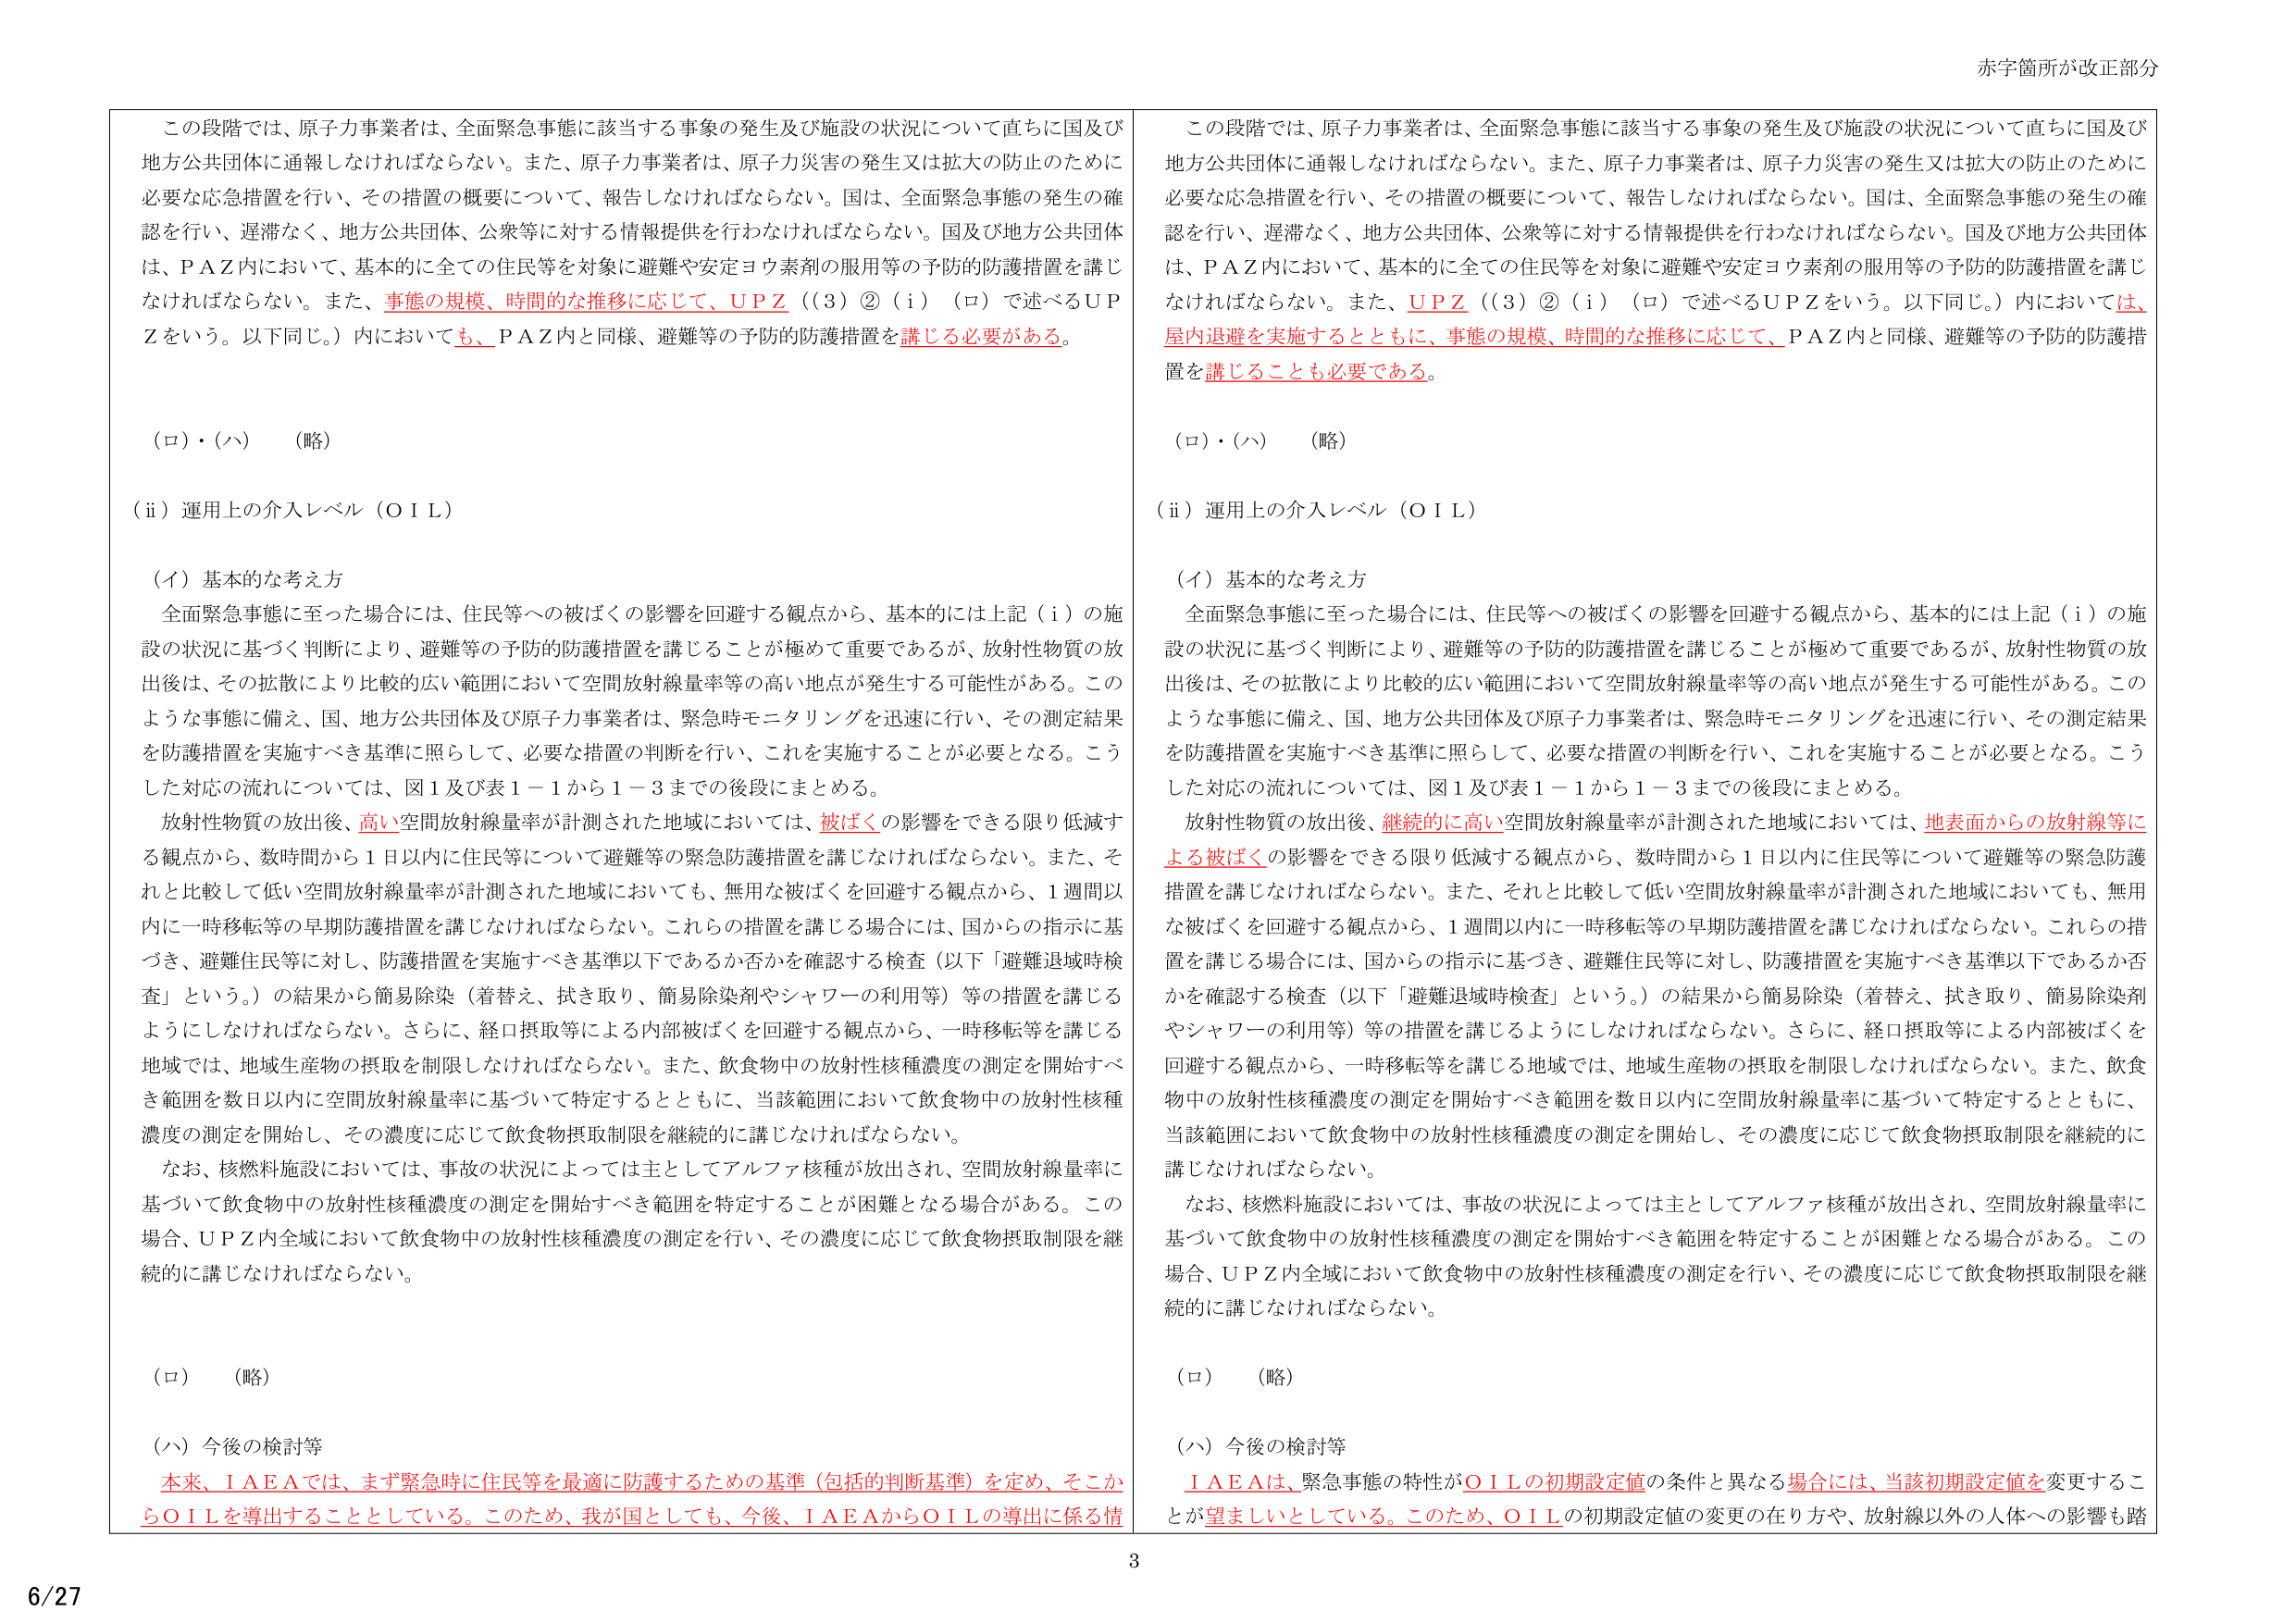
この段階では、原子力事業者は、全面緊急事態に該当する事象の発生及び施設の状況について直ちに国及び地方公共団体に通報しなければならない。また、原子力事業者は、原子力災害の発生又は拡大の防止のために必要な応急措置を行い、その措置の概要について、報告しなければならない。国は、全面緊急事態の発生の確認を行い、遅滞なく、地方公共団体、公衆等に対する情報提供を行わなければならない。国及び地方公共団体は、ＰＡＺ内において、基本的に全ての住民等を対象に避難や安定ヨウ素剤の服用等の予防的防護措置を講じなければならない。また、事態の規模、時間的な推移に応じて、ＵＰＺ（（３）②（ｉ）（ロ）で述べるＵＰＺをいう。以下同じ。）内においても、ＰＡＺ内と同様、避難等の予防的防護措置を講じる必要がある。

（ロ）・（ハ）　（略）

（ⅱ）運用上の介入レベル（ＯＩＬ）

（イ）基本的な考え方

全面緊急事態に至った場合には、住民等への被ばくの影響を回避する観点から、基本的には上記（ｉ）の施設の状況に基づく判断により、避難等の予防的防護措置を講じることが極めて重要であるが、放射性物質の放出後は、その拡散により比較的広い範囲において空間放射線量率等の高い地点が発生する可能性がある。このような事態に備え、国、地方公共団体及び原子力事業者は、緊急時モニタリングを迅速に行い、その測定結果を防護措置を実施すべき基準に照らして、必要な措置の判断を行い、これを実施することが必要となる。こうした対応の流れについては、図１及び表１－１から１－３までの後段にまとめる。

放射性物質の放出後、高い空間放射線量率が計測された地域においては、被ばくの影響をできる限り低減する観点から、数時間から１日以内に住民等について避難等の緊急防護措置を講じなければならない。また、それと比較して低い空間放射線量率が計測された地域においても、無用な被ばくを回避する観点から、１週間以内に一時移転等の早期防護措置を講じなければならない。これらの措置を講じる場合には、国からの指示に基づき、避難住民等に対し、防護措置を実施すべき基準以下であるか否かを確認する検査（以下「避難退域時検査」という。）の結果から簡易除染（着替え、拭き取り、簡易除染剤やシャワーの利用等）等の措置を講じるようにしなければならない。さらに、経口摂取等による内部被ばくを回避する観点から、一時移転等を講じる地域では、地域生産物の摂取を制限しなければならない。また、飲食物中の放射性核種濃度の測定を開始すべき範囲を数日以内に空間放射線量率に基づいて特定するとともに、当該範囲において飲食物中の放射性核種濃度の測定を開始し、その濃度に応じて飲食物摂取制限を継続的に講じなければならない。

なお、核燃料施設においては、事故の状況によっては主としてアルファ核種が放出され、空間放射線量率に基づいて飲食物中の放射性核種濃度の測定を開始すべき範囲を特定することが困難となる場合がある。この場合、ＵＰＺ内全域において飲食物中の放射性核種濃度の測定を行い、その濃度に応じて飲食物摂取制限を継続的に講じなければならない。

（ロ）　（略）

（ハ）今後の検討等

本来、ＩＡＥＡでは、まず緊急時に住民等を最適に防護するための基準（包括的判断基準）を定め、そこからＯＩＬを導出することとしている。このため、我が国としても、今後、ＩＡＥＡからＯＩＬの導出に係る情

この段階では、原子力事業者は、全面緊急事態に該当する事象の発生及び施設の状況について直ちに国及び地方公共団体に通報しなければならない。また、原子力事業者は、原子力災害の発生又は拡大の防止のために必要な応急措置を行い、その措置の概要について、報告しなければならない。国は、全面緊急事態の発生の確認を行い、遅滞なく、地方公共団体、公衆等に対する情報提供を行わなければならない。国及び地方公共団体は、ＰＡＺ内において、基本的に全ての住民等を対象に避難や安定ヨウ素剤の服用等の予防的防護措置を講じなければならない。また、ＵＰＺ（（３）②（ｉ）（ロ）で述べるＵＰＺをいう。以下同じ。）内においては、屋内退避を実施するとともに、事態の規模、時間的な推移に応じて、ＰＡＺ内と同様、避難等の予防的防護措置を講じることも必要である。

（ロ）・（ハ）　（略）

（ⅱ）運用上の介入レベル（ＯＩＬ）

（イ）基本的な考え方

全面緊急事態に至った場合には、住民等への被ばくの影響を回避する観点から、基本的には上記（ｉ）の施設の状況に基づく判断により、避難等の予防的防護措置を講じることが極めて重要であるが、放射性物質の放出後は、その拡散により比較的広い範囲において空間放射線量率等の高い地点が発生する可能性がある。このような事態に備え、国、地方公共団体及び原子力事業者は、緊急時モニタリングを迅速に行い、その測定結果を防護措置を実施すべき基準に照らして、必要な措置の判断を行い、これを実施することが必要となる。こうした対応の流れについては、図１及び表１－１から１－３までの後段にまとめる。

放射性物質の放出後、継続的に高い空間放射線量率が計測された地域においては、地表面からの放射線等による被ばくの影響をできる限り低減する観点から、数時間から１日以内に住民等について避難等の緊急防護措置を講じなければならない。また、それと比較して低い空間放射線量率が計測された地域においても、無用な被ばくを回避する観点から、１週間以内に一時移転等の早期防護措置を講じなければならない。これらの措置を講じる場合には、国からの指示に基づき、避難住民等に対し、防護措置を実施すべき基準以下であるか否かを確認する検査（以下「避難退域時検査」という。）の結果から簡易除染（着替え、拭き取り、簡易除染剤やシャワーの利用等）等の措置を講じるようにしなければならない。さらに、経口摂取等による内部被ばくを回避する観点から、一時移転等を講じる地域では、地域生産物の摂取を制限しなければならない。また、飲食物中の放射性核種濃度の測定を開始すべき範囲を数日以内に空間放射線量率に基づいて特定するとともに、当該範囲において飲食物中の放射性核種濃度の測定を開始し、その濃度に応じて飲食物摂取制限を継続的に講じなければならない。

なお、核燃料施設においては、事故の状況によっては主としてアルファ核種が放出され、空間放射線量率に基づいて飲食物中の放射性核種濃度の測定を開始すべき範囲を特定することが困難となる場合がある。この場合、ＵＰＺ内全域において飲食物中の放射性核種濃度の測定を行い、その濃度に応じて飲食物摂取制限を継続的に講じなければならない。

（ロ）　（略）

（ハ）今後の検討等

ＩＡＥＡは、緊急事態の特性がＯＩＬの初期設定値の条件と異なる場合には、当該初期設定値を変更することが望ましいとしている。このため、ＯＩＬの初期設定値の変更の在り方や、放射線以外の人体への影響も踏

赤字箇所が改正部分

3

6/27